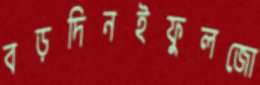
বড়দিনইফুলজো